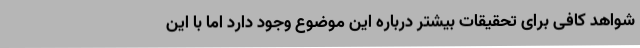
شواهد کافی برای تحقیقات بیشتر درباره این موضوع وجود دارد اما با این